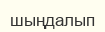
шыңдалып